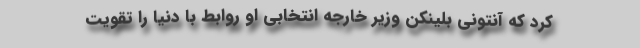
کرد که آنتونی بلینکن وزیر خارجه انتخابی او روابط با دنیا را تقویت